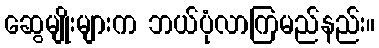
ဆွေမျိုးများက ဘယ်ပုံလာကြမည်နည်း။